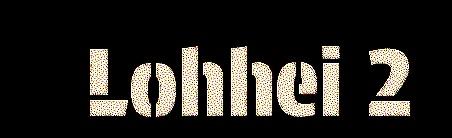
Lohhei 2